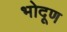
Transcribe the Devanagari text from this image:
भोदूण